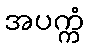
အပက္ကံ